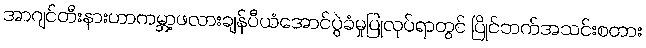
အာဂျင်တီးနားဟာကမ္ဘာ့ဖလားချန်ပီယံအောင်ပွဲခံမှုပြုလုပ်ရာတွင် ပြိုင်ဘက်အသင်းစတား